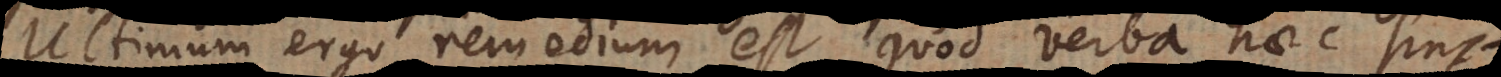
Ultimum ergo remedium est, quod verba haec sint